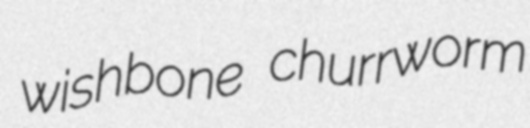
wishbone churrworm